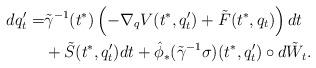
LaTeX: \begin{align*}dq^\prime_t=&\tilde\gamma^{-1}(t^*)\left(-\nabla_qV(t^*,q^\prime_t)+\tilde F(t^*,q_t)\right) dt\\&+\tilde S(t^*,q^\prime_t)dt+\hat{\phi}_*(\tilde\gamma^{-1}\sigma)(t^*,q^\prime_t) \circ d\tilde W_t.\end{align*}